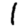
Digit: 1